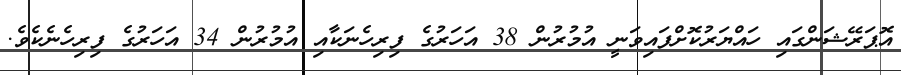
އޮޕަރޭޝަންގައި ހައްޔަރުކޮށްފައިވަނީ އުމުރުން 38 އަހަރުގެ ފިރިހެނަކާއި އުމުރުން 34 އަހަރުގެ ފިރިހެނެކެވެ.